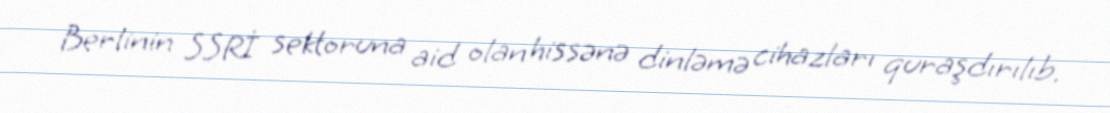
Berlinin SSRİ sektoruna aid olan hissənə dinləmə cihazları quraşdırılıb.